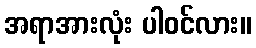
အရာအားလုံး ပါဝင်လား။